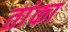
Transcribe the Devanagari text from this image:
तांका